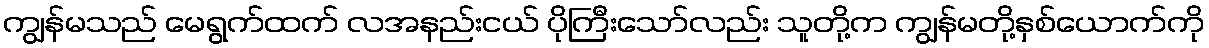
ကျွန်မသည် မေရွက်ထက် လအနည်းငယ် ပိုကြီးသော်လည်း သူတို့က ကျွန်မတို့နှစ်ယောက်ကို